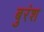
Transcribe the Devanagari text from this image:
बुरंश